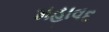
મહાવદ